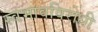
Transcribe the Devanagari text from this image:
स्वभावविरोधी